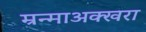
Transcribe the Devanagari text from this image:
म्रन्माअक्खरा